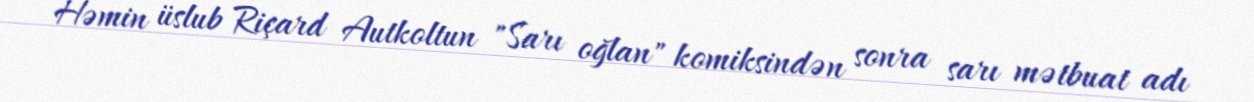
Həmin üslub Riçard Autkoltun "Sarı oğlan" komiksindən sonra sarı mətbuat adı